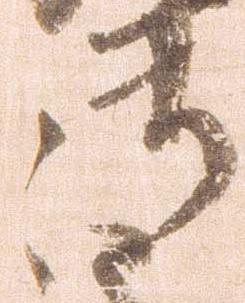
御